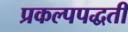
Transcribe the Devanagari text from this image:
प्रकल्पपद्धती